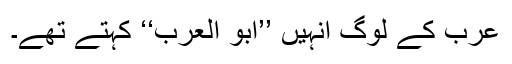
عرب کے لوگ انہیں ’’ابُو العرب‘‘ کہتے تھے۔